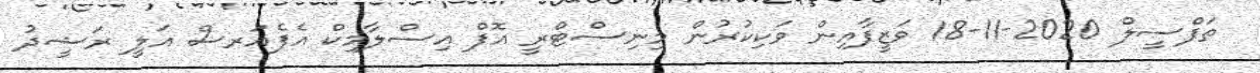
ތަފްސީލް 2020-11-18 ވަޒީފާއިން ވަކިކުރުން މިނިސްޓްރީ އޮފް އިސްލާމިކް އެފެއަރސް އަލީ ރަޝީދު